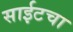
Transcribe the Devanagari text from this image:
साईटचा